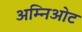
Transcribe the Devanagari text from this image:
अम्निओट